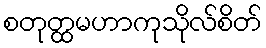
စတုတ္ထမဟာကုသိုလ်စိတ်